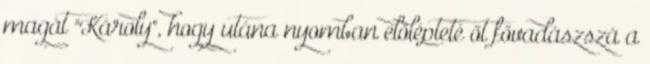
magát "Károly", hogy utána nyomban előlépteté őt fővadászszá a